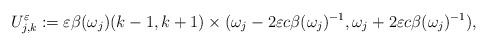
LaTeX: \begin{align*}U_{j,k}^\varepsilon := \varepsilon\beta(\omega_j)(k-1,k+1)\times(\omega_j-2\varepsilon c\beta(\omega_j)^{-1},\omega_j+2\varepsilon c\beta(\omega_j)^{-1}),\end{align*}